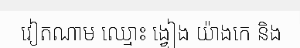
វៀតណាម ឈ្មោះ ង្វៀង យ៉ាងកេ និង